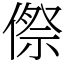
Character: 傺